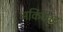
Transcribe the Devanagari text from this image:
अर्किटेक्ट